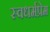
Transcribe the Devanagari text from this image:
स्वधर्मप्रेम